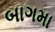
બાગમા